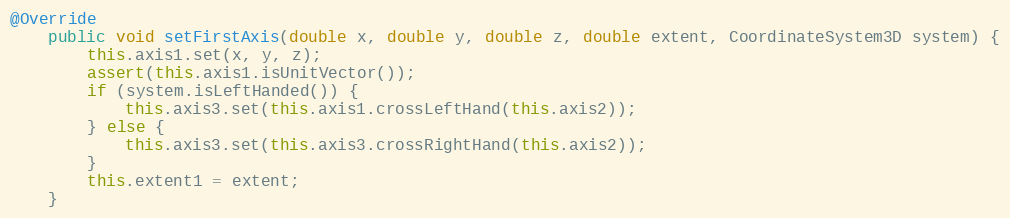
Language: Java
@Override
	public void setFirstAxis(double x, double y, double z, double extent, CoordinateSystem3D system) {
		this.axis1.set(x, y, z);
		assert(this.axis1.isUnitVector());
		if (system.isLeftHanded()) {
			this.axis3.set(this.axis1.crossLeftHand(this.axis2));
		} else {
			this.axis3.set(this.axis3.crossRightHand(this.axis2));
		}
		this.extent1 = extent;
	}